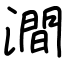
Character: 澗